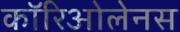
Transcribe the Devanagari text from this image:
कॉरिओलेनस